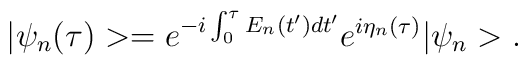
|\psi_{n}(\tau)>=e^{-i\int_{0}^{\tau}E_{n}(t^{\prime})dt^{\prime}}e^{i\eta_{n}(\tau)}|\psi_{n}> .